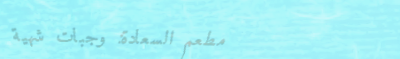
مطعم السعادة: وجبات شهية